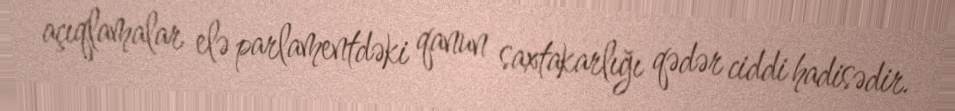
açıqlamalar elə parlamentdəki qanun saxtakarlığı qədər ciddi hadisədir.